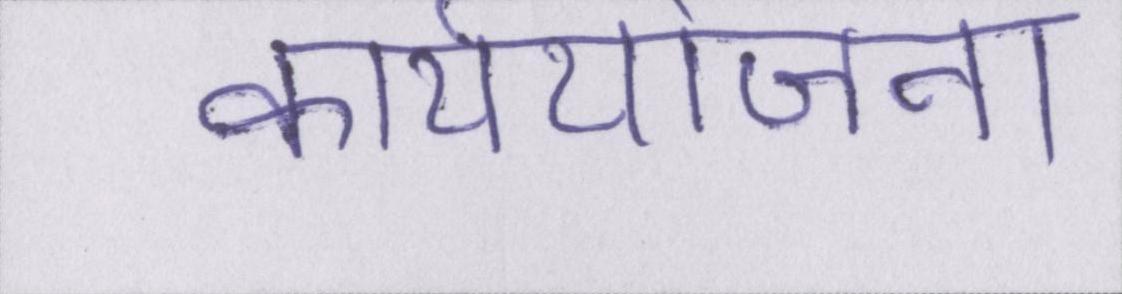
कार्ययोजना